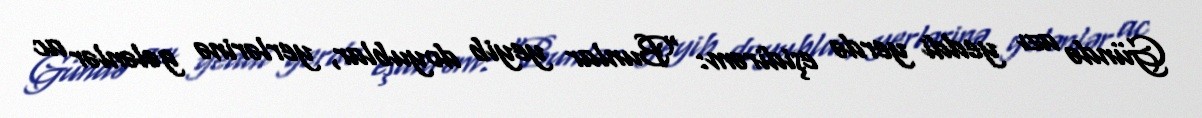
Gündə azı yeddi yerdə eşidirəm: “Bunlar yeyib doyublar, yerlərinə gələnlər ac